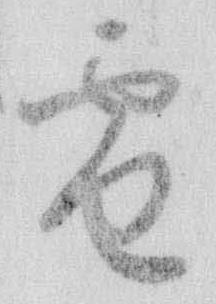
雪